Plague in India, 1896, 1897 - Volume 2
Year: 1896
Disease focus: Plague
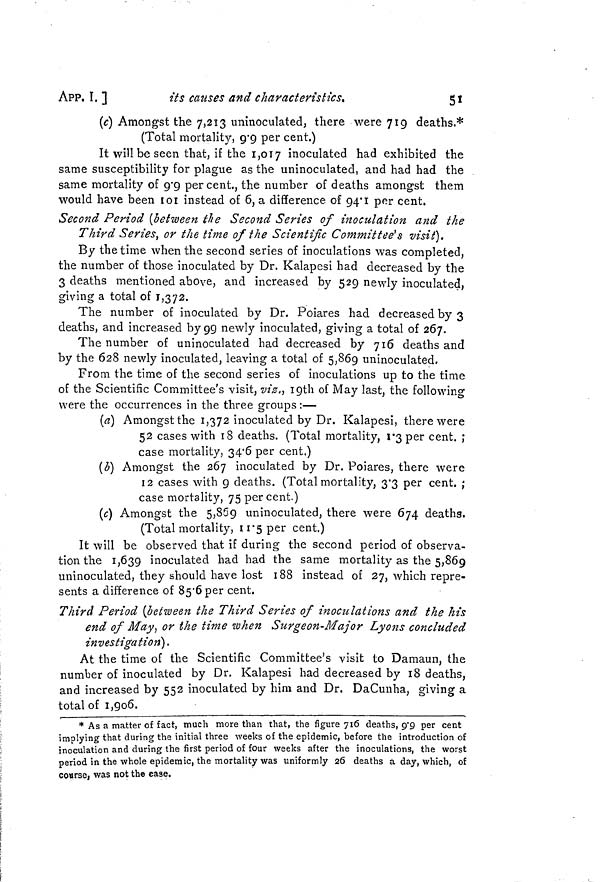
APP. I. ]
its causes and characteristics.
5l
(c] Amongst the 7,213 uninoculated, there were 719 deaths.*
(Total mortality, 9.9 per cent.)
It will be seen that, if the 1,017 inoculated had exhibited the
same susceptibility for plague as the uninoculated, and had had the
same mortality of 9.9 percent., the number of deaths amongst them
would have been 101 instead of 6, a difference of 94.1 per cent.
Second Period (between the Second Series of inoculation and the
Third Series, or the time of the Scientific Committee's visit).
By the time when the second series of inoculations was completed,
the number of those inoculated by Dr. Kalapesi had decreased by the
3 deaths mentioned above, and increased by 529 newly inoculated,
giving a total of 1,372.
The number of inoculated by Dr. Poiares had decreased by 3
deaths, and increased by 99 newly inoculated, giving a total of 267.
The number of uninoculated had decreased by 716 deaths and
by the 628 newly inoculated, leaving a total of 5,869 uninoculated.
From the time of the second series of inoculations up to the time
of the Scientific Committee's visit, viz., 19th of May last, the following
were the occurrences in the three groups :—
(a) Amongst the 1,372 inoculated by Dr. Kalapesi, there were
52 cases with 18 deaths. (Total mortality, 1.3 per cent. ;
case mortality, 34.6 per cent.)
(b) Amongst the 267 inoculated by Dr. Poiares, there were
12 cases with 9 deaths. (Total mortality, 3.3 per cent. ;
case mortality, 75 percent.)
(c) Amongst the 5,869 uninoculated, there were 674 deaths.
(Total mortality, 11.5 per cent.)
It will be observed that if during the second period of observa-
tion the 1,639 inoculated had had the same mortality as the 5,869
uninoculated, they should have lost 188 instead of 27, which repre-
sents a difference of 85.6 per cent.
Third Period (between the Third Series of inoculations and the his
end of May, or the time when Surgeon-Major Lyons concluded
investigation).
At the time of the Scientific Committee's visit to Damaun, the
number of inoculated by Dr. Kalapesi had decreased by 18 deaths,
and increased by 552 inoculated by him and Dr. DaCunha, giving a
total of 1,906.
* As a matter of fact, much more than that, the figure 716 deaths, 9.9 per cent
implying that during the initial three weeks of the epidemic, before the introduction of
inoculation and during the first period of four weeks after the inoculations, the worst
period in the whole epidemic, the mortality was uniformly 26 deaths a day, which, of
course, was not the case.